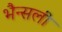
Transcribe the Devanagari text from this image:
भैन्सली